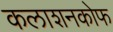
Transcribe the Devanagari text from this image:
कलाशनकोफ